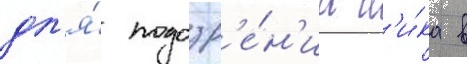
дл'я́ подозр'е́н'иа н'и́ка в